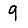
Digit: 9